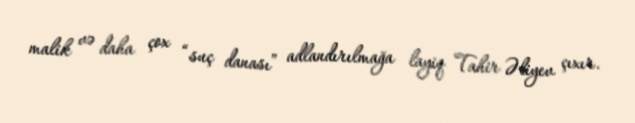
malik və daha çox “suç danası” adlandırılmağa layiq Tahir Əliyev çıxır.